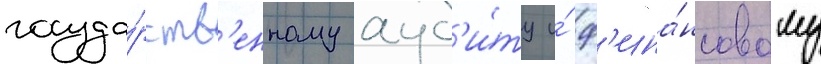
госуда́рств'енному ауд'и́ту и́ ф'ина́нсовому